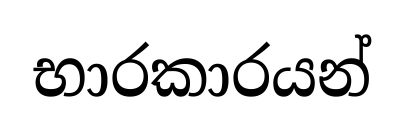
භාරකාරයන්